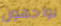
يواجهون